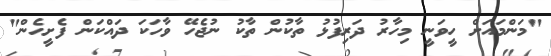
"މަންމައަށް ހީވަނީ މިހާރު ދަރިފުޅު ތާކުން ތާކު ނުޖެހޭ ވާހަކަ ދައްކަން ފެށީހެން"